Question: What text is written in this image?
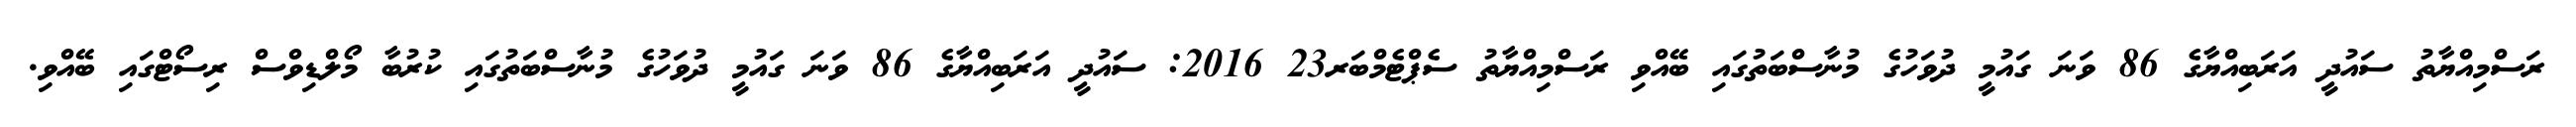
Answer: ރަސްމިއްޔާތު ސައުދީ އަރަބިއްޔާގެ 86 ވަނަ ގައުމީ ދުވަހުގެ މުނާސްބަތުގައި ބޭއްވި ރަސްމިއްޔާތު ސެޕްޓެމްބަރ23 2016: ސައުދީ އަރަބިއްޔާގެ 86 ވަނަ ގައުމީ ދުވަހުގެ މުނާސްބަތުގައި ކުރުބާ މޯލްޑިވްސް ރިސޯޓްގައި ބޭއްވި.